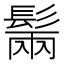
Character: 𩭫